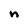
Character: n